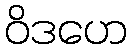
ဝိဒဟေ